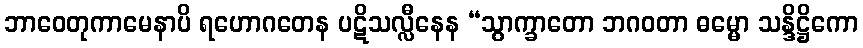
ဘာဝေတုကာမေနာပိ ရဟောဂတေန ပဋိသလ္လီနေန “သွာက္ခာတော ဘဂဝတာ ဓမ္မော သန္ဒိဋ္ဌိကော